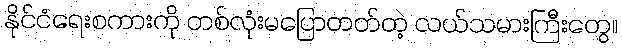
နိုင်ငံရေးစကားကို တစ်လုံးမပြောတတ်တဲ့ လယ်သမားကြီးတွေ။